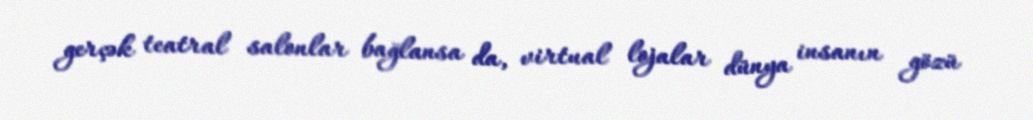
gerçək teatral salonlar bağlansa da, virtual lojalar dünya insanın gözü